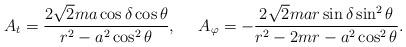
LaTeX: \begin{align*}A_t={{2\sqrt{2}ma\cos\delta\cos\theta}\over{r^2-a^2\cos^2\theta}},\ \ \ \ A_{\varphi}=-{{2\sqrt{2}mar\sin\delta\sin^2\theta}\over{r^2-2mr-a^2\cos^2\theta}}.\end{align*}